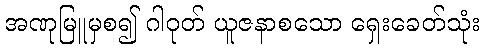
အဏုမြူမှစ၍ ဂါဝုတ် ယူဇနာစသော ရှေးခေတ်သုံး